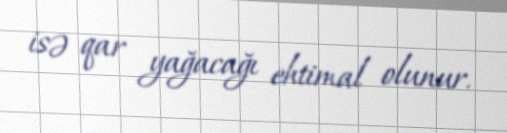
isə qar yağacağı ehtimal olunur.